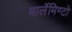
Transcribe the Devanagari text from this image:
मार्लेमिण्टो